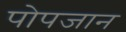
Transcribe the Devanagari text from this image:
पोपजान